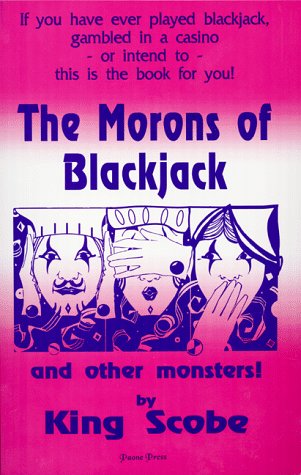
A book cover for The Morons of Blackjack and Other Monsters; Frank Scoblete; Humor & Entertainment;